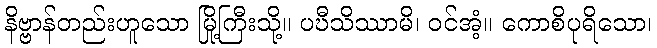
နိဗ္ဗာန်တည်းဟူသော မြို့ကြီးသို့။ ပဎီသိဿာမိ၊ ဝင်အံ့။ ကောစိပုရိသော၊